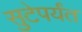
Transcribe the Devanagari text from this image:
सुटेपर्यंत